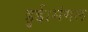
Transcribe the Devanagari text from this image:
हुई।मंगल